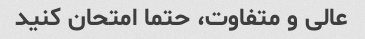
عالی و متفاوت، حتما امتحان کنید